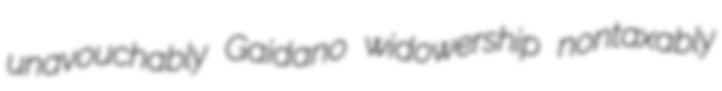
unavouchably Gaidano widowership nontaxably